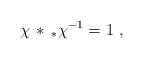
\begin{align*}\chi \, * \,_{*}\chi^{-1} = 1\,\,, \end{align*}